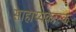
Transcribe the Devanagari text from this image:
साहाय्यकारक